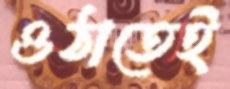
ওঠাতেই